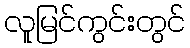
လူမြင်ကွင်းတွင်